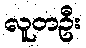
လူတဦး